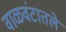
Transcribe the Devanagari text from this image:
वाळवंटातले